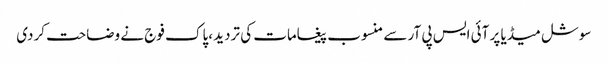
سوشل میڈیا پر آئی ایس پی آر سے منسوب پیغامات کی تردید ،پاک فوج نے وضاحت کردی